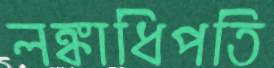
লঙ্কাধিপতি